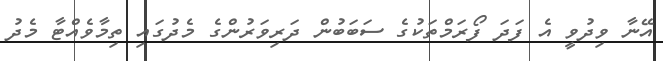
އޭނާ ވިދުވީ އެ ފަދަ ފޯރަމްތަކުގެ ސަބަބުން ދަރިވަރުންގެ މެދުގައި ތިމާވެއްޓާ މެދު